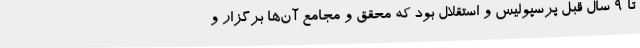
تا 9 سال قبل پرسپولیس و استقلال بود که محقق و مجامع آن‌ها برگزار و